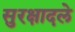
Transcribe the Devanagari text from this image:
सुरक्षादले